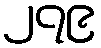
၂၇၉